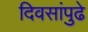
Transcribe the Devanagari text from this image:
दिवसांपुढे